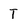
Character: T